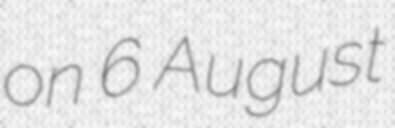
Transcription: on 6 August